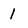
Character: 1